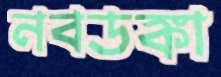
নবডঙ্কা